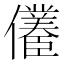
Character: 𱏠